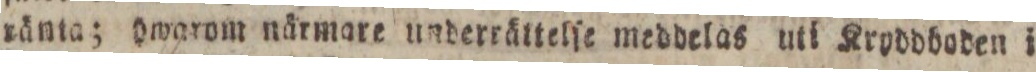
ränta; hwarom närmare underrättelſe meddelas uti Kryddboden i